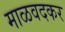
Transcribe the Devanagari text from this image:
माळवदकर